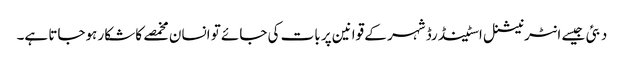
دبئی جیسے انٹرنیشنل اسٹینڈرڈ شہر کے قوانین پر بات کی جائے تو انسان مخمصے کا شکار ہوجاتا ہے۔